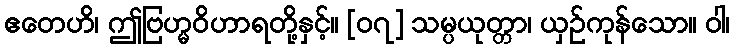
ဧတေဟိ၊ ဤဗြဟ္မဝိဟာရတို့နှင့်။ [၀၇] သမ္ပယုတ္တာ၊ ယှဉ်ကုန်သော။ ဝါ၊